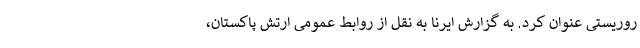
روریستی عنوان کرد. به گزارش ایرنا به نقل از روابط عمومی ارتش پاکستان،